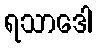
ရသာဒေါ